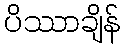
ပိဿာချိန်